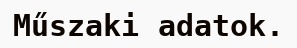
Műszaki adatok.